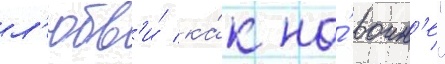
л'юбв'и́ ка́к на́ воин'е"